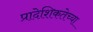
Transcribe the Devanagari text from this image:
प्रादेशिकतेच्या